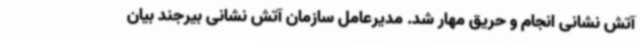
آتش نشانی انجام و حریق مهار شد. مدیرعامل سازمان آتش نشانی بیرجند بیان